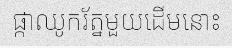
ផ្កាឈូករ័ត្នមួយដើមនោះ